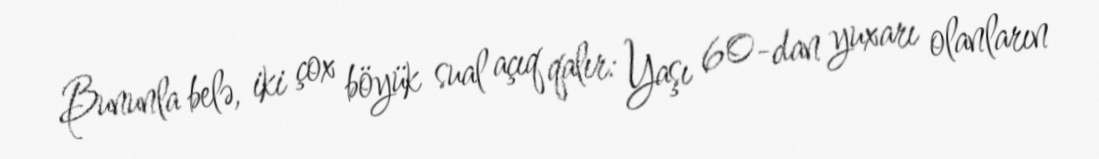
Bununla belə, iki çox böyük sual açıq qalır: Yaşı 60-dan yuxarı olanların